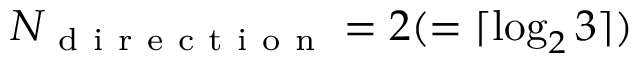
N _ { \mathrm { ~ d ~ i ~ r ~ e ~ c ~ t ~ i ~ o ~ n ~ } } = 2 ( = \lceil \log _ { 2 } 3 \rceil )